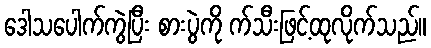
ဒေါသပေါက်ကွဲပြီး စားပွဲကို က်သီးဖြင့်ထုလိုက်သည်။